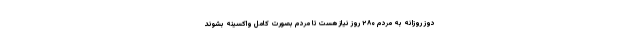
دوز روزانه به مردم ۲۸۰ روز نیاز هست تا مردم بصورت کامل واکسینه بشوند